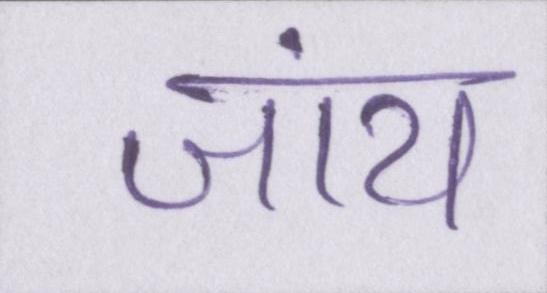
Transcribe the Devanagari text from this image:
जांय